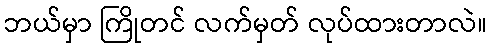
ဘယ်မှာ ကြိုတင် လက်မှတ် လုပ်ထားတာလဲ။